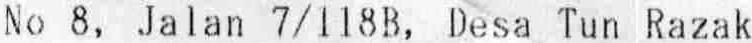
NO 8, JALAN 7/118B, DESA TUN RAZAK